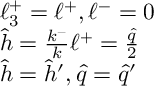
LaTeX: \begin{array} { l } { { \ell _ { 3 } ^ { + } = \ell ^ { + } , \ell ^ { - } = 0 } } \\ { { \hat { h } = \frac { k ^ { - } } { k } \ell ^ { + } = \frac { \hat { q } } { 2 } } } \\ { { \hat { h } = \hat { h } ^ { \prime } , \hat { q } = \hat { q } ^ { \prime } } } \end{array}